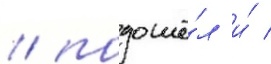
/ подошё́л и́ /